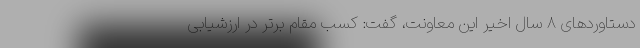
دستاوردهای ۸ سال اخیر این معاونت، گفت: کسب مقام برتر در ارزشیابی